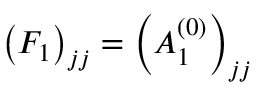
\left( F _ { 1 } \right) _ { j j } = \left( A _ { 1 } ^ { ( 0 ) } \right) _ { j j }